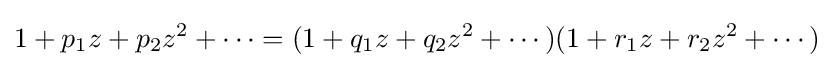
1+p_{1}z+p_{2}z^{2}+\cdots =(1+q_{1}z+q_{2}z^{2}+\cdots )(1+r_{1}z+r_{2}z^{2}+\cdots )